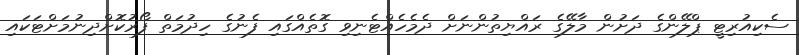
ސެކިއުރިޓީ ޕްލޭންގެ ދަށުން މާލޭގެ ރައްޔިތުންނަށް ދެމެހެއްޓެނިވި ގޮތެއްގައި ފެނުގެ ހިދުމަތް ފޯރުކޮށްދިނުމަށްޓަކައި